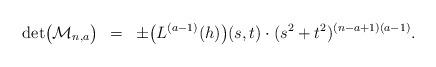
LaTeX: \begin{align*}{\rm det} \bigl( \mathcal{M}_{n,a} \bigr) \,\,\, = \,\,\,\pm \bigl(L^{(a-1)}(h)\bigr)(s,t) \cdot (s^2+t^2)^{(n-a + 1) (a-1)}.\end{align*}